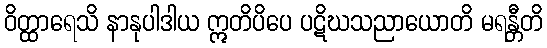
ဝိတ္ထာရေသိ နာနုပါဒါယ ဣတိပိပေ ပဋိဃသညာယောတိ မရန္တီတိ